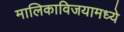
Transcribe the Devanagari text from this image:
मालिकाविजयामध्ये